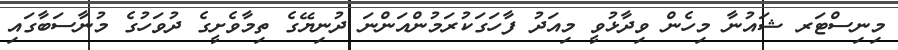
މިނިސްޓަރ ޝައުނާ މިހެން ވިދާޅުވީ މިއަދު ފާހަގަކުރަމުންއަންނަ ދުނިޔޭގެ ތިމާވެށީގެ ދުވަހުގެ މުނާސަބާގައި